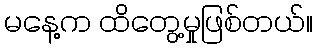
မနေ့က ထိတွေ့မှုဖြစ်တယ်။